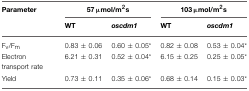
| Parameter | <COLSPAN=2> 57 μmol/m2s | <COLSPAN=2> 103 μmol/m2s |
 |  | WT | oscdm1 | WT | oscdm1 |
 | --- | --- | --- | --- | --- |
 | Fv/Fm | 0.83 ± 0.06 | 0.60 ± 0.05* | 0.82 ± 0.08 | 0.53 ± 0.04* |
 | Electron transport rate | 6.21 ± 0.31 | 0.52 ± 0.04* | 6.15 ± 0.25 | 0.25 ± 0.05* |
 | Yield | 0.73 ± 0.11 | 0.35 ± 0.06* | 0.68 ± 0.14 | 0.15 ± 0.03* |